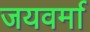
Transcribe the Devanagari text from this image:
जयवर्मा